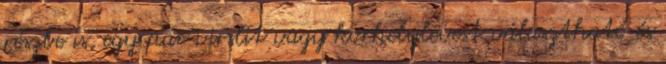
részbe is, egy pár virslit vagy korhelylevest választható és